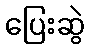
ပြေးဆွဲ